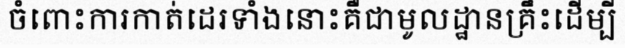
ចំពោះការកាត់ដេរទាំងនោះគឺជាមូលដ្ឋានគ្រឹះដើម្បី